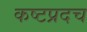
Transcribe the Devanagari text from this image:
कष्टप्रदच